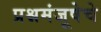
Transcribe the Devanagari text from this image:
प्रश्नमंजूषेचे